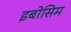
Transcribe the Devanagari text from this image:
इबोसिम